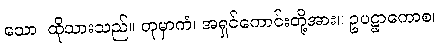
သော၊ ထိုသားသည်။ တုမှာကံ၊ အရှင်ကောင်းတို့အား။ ဥပဋ္ဌာကောစ၊